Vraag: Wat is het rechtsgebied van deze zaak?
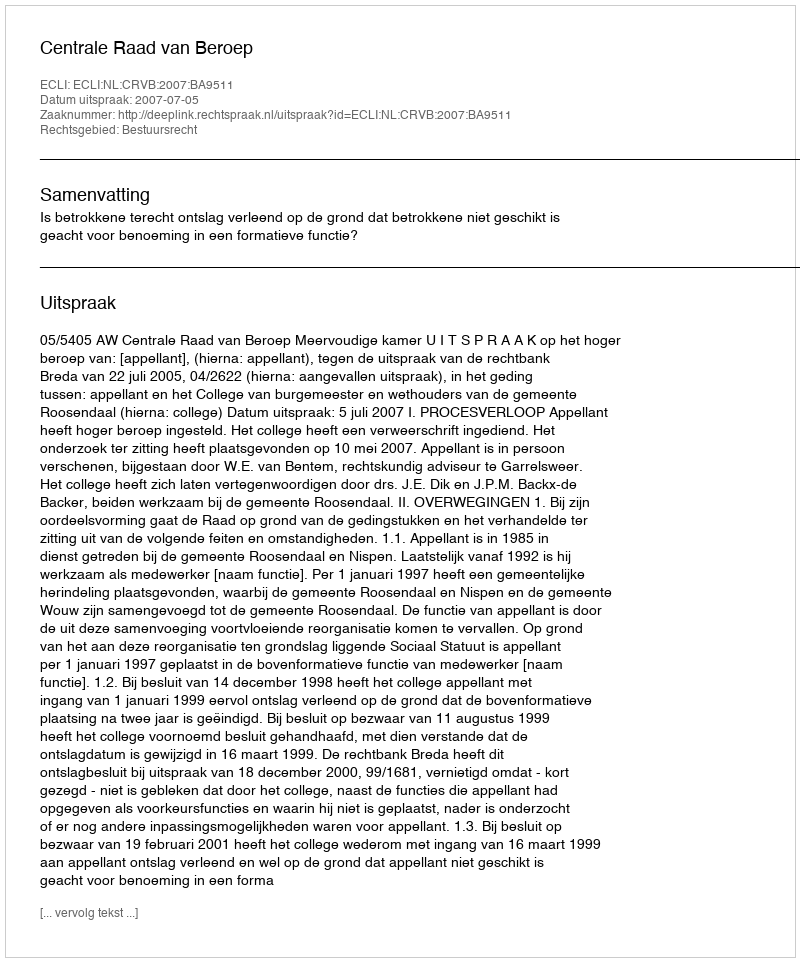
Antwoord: Bestuursrecht